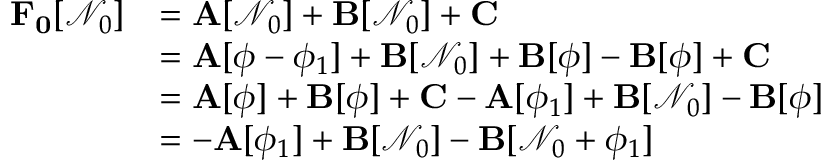
\begin{array} { r l } { \mathbf { F _ { 0 } } [ \mathcal { N } _ { 0 } ] } & { = \mathbf { A } [ \mathcal { N } _ { 0 } ] + \mathbf { B } [ \mathcal { N } _ { 0 } ] + \mathbf { C } } \\ & { = \mathbf { A } [ \phi - \phi _ { 1 } ] + \mathbf { B } [ \mathcal { N } _ { 0 } ] + \mathbf { B } [ \phi ] - \mathbf { B } [ \phi ] + \mathbf { C } } \\ & { = \mathbf { A } [ \phi ] + \mathbf { B } [ \phi ] + \mathbf { C } - \mathbf { A } [ \phi _ { 1 } ] + \mathbf { B } [ \mathcal { N } _ { 0 } ] - \mathbf { B } [ \phi ] } \\ & { = - \mathbf { A } [ \phi _ { 1 } ] + \mathbf { B } [ \mathcal { N } _ { 0 } ] - \mathbf { B } [ \mathcal { N } _ { 0 } + \phi _ { 1 } ] } \end{array}